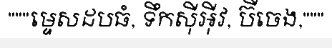
"""ម្ទេសដបធំ, ទឹកស៊ីអ៊ីវ, ប៊ីចេង,"""